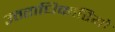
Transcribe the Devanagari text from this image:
उतराधिकारियो